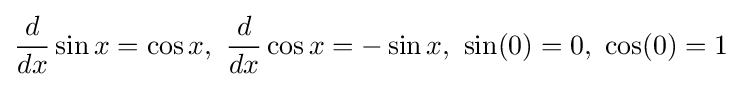
{\frac {d}{dx}}\sin x=\cos x,\ {\frac {d}{dx}}\cos x=-\sin x,\ \sin(0)=0,\ \cos(0)=1